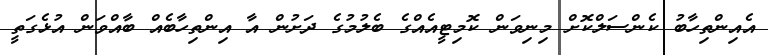
އެއިންތިހާބު ކެންސަލްކޮށް މިނިވަން ކޮމިޓީއެއްގެ ބެލުމުގެ ދަށުން އާ އިންތިހާބެއް ބާއްވަން އުޅެގަތީ